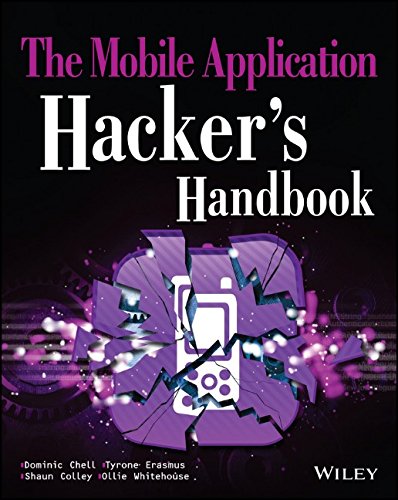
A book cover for The Mobile Application Hacker's Handbook; Dominic Chell; Computers & Technology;